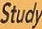
Study